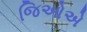
જિઓએ